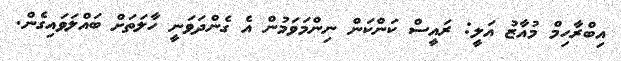
އިބްރާހިމް މުއާޒު އަލީ: ރައީސް ކަންކަން ނިންމަވަމުން އެ ގެންދަވަނީ ހާލަތަށް ބައްލަވައިގެން.